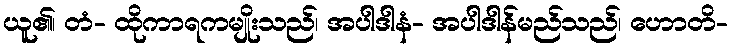
ယူ၏၊ တံ- ထိုကာရကမျိုးသည်၊ အပါဒါနံ- အပါဒါန်မည်သည်၊ ဟောတိ-